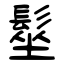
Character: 髽